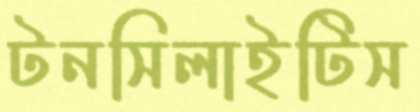
টনসিলাইটিস